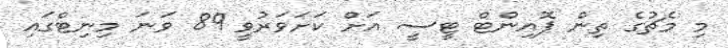
މި މެޗުގެ ތިން ޕޮއިންޓް ޓީސީ އަށް ކަށަވަރުވީ 89 ވަނަ މިނިޓްގައި